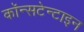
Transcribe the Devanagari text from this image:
कॉन्सटेन्टाइन